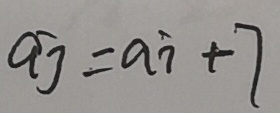
a _ { j } = a _ { i } + 7